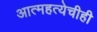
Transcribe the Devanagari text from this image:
आत्महत्येचीही